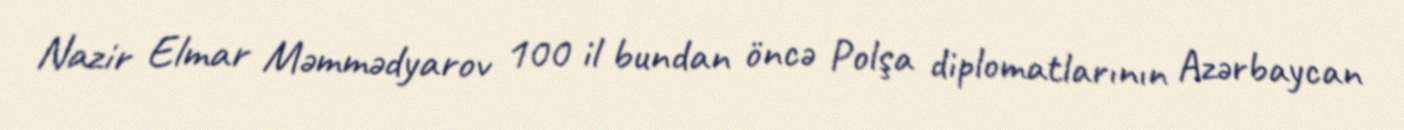
Nazir Elmar Məmmədyarov 100 il bundan öncə Polşa diplomatlarının Azərbaycan